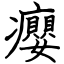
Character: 癭